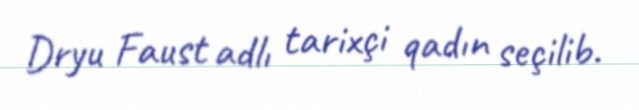
Dryu Faust adlı tarixçi qadın seçilib.